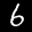
Label: 6